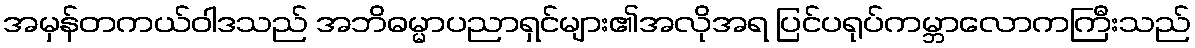
အမှန်တကယ်ဝါဒသည် အဘိဓမ္မာပညာရှင်များ၏အလိုအရ ပြင်ပရုပ်ကမ္ဘာလောကကြီးသည်